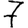
Digit: 7